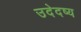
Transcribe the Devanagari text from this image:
उदेदष्य